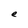
Character: e